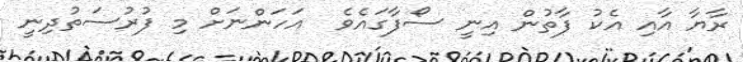
ރާޔާ އާއި އެކު ފާތުން އިނީ ސޯފާގައެވެ  އަހަންނަށް މި ފުރުސަތުދިނީ